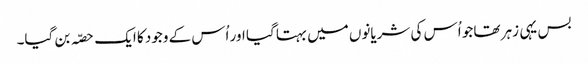
بس یہی زہر تھا جو اُس کی شریانوں میں بہتا گیا اور اُس کے وجود کا ایک حصّہ بن گیا۔